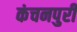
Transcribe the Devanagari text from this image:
कंचनपुरी